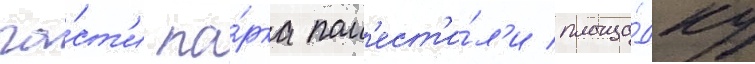
ча́ст'и па́рка пом'ест'и́л'и площа́дку